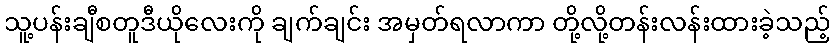
သူ့ပန်းချီစတူဒီယိုလေးကို ချက်ချင်း အမှတ်ရလာကာ တို့လို့တန်းလန်းထားခဲ့သည့်